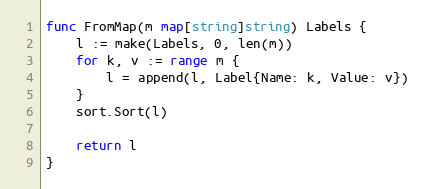
Language: Go
func FromMap(m map[string]string) Labels {
	l := make(Labels, 0, len(m))
	for k, v := range m {
		l = append(l, Label{Name: k, Value: v})
	}
	sort.Sort(l)

	return l
}